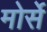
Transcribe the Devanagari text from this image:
मोर्से